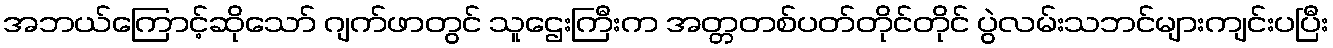
အဘယ်ကြောင့်ဆိုသော် ဂျက်ဖာတွင် သူဌေးကြီးက အတ္တတစ်ပတ်တိုင်တိုင် ပွဲလမ်းသဘင်များကျင်းပပြီး